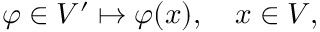
\varphi \in V ^ { \prime } \mapsto \varphi ( x ) , \quad x \in V ,